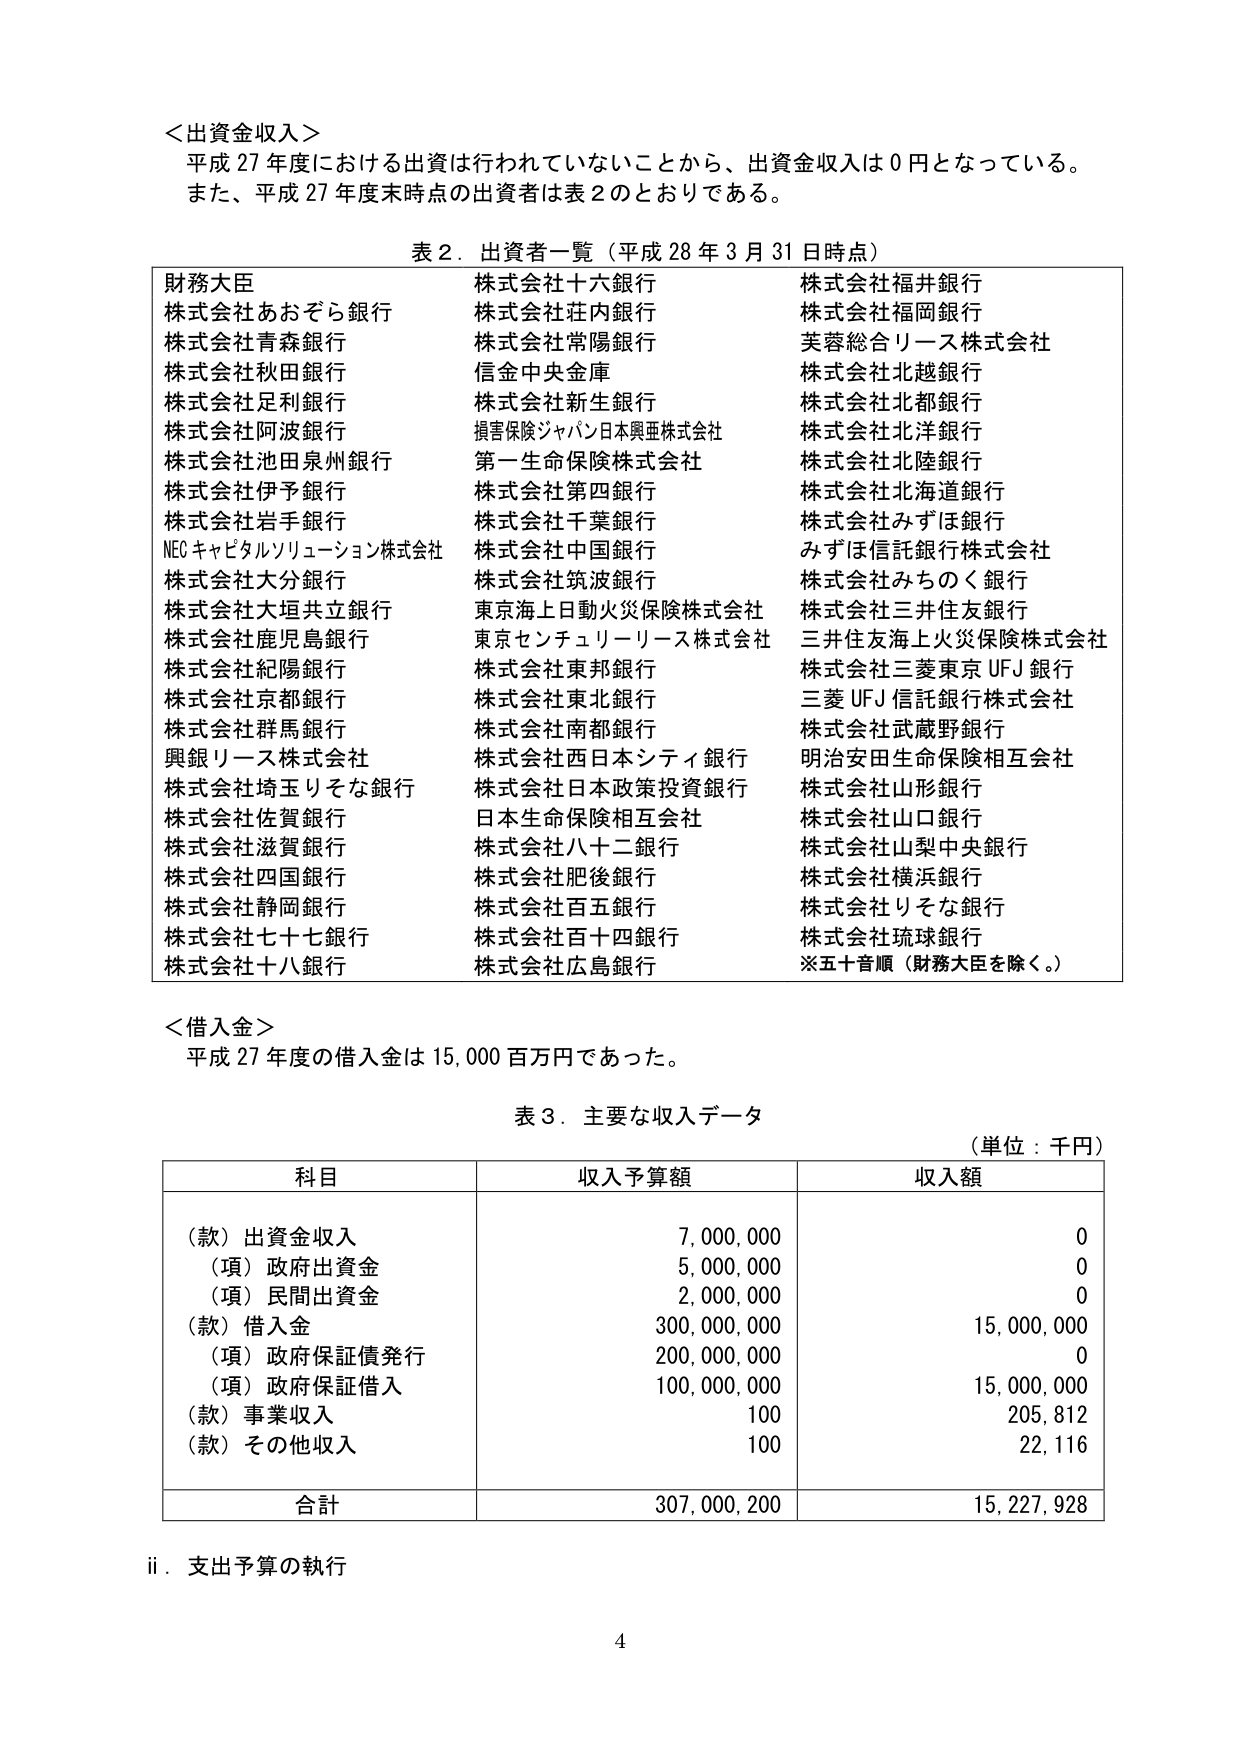
＜出資金収入＞
平成27年度における出資は行われていないことから、出資金収入は0円となっている。
また、平成27年度末時点の出資者は表2のとおりである。

表2．出資者一覧（平成28年3月31日時点）
財務大臣
株式会社あおぞら銀行
株式会社青森銀行
株式会社秋田銀行
株式会社足利銀行
株式会社阿波銀行
株式会社池田泉州銀行
株式会社伊予銀行
株式会社岩手銀行
NECキャピタルソリューション株式会社
株式会社大分銀行
株式会社大垣共立銀行
株式会社鹿児島銀行
株式会社紀陽銀行
株式会社京都銀行
株式会社群馬銀行
興銀リース株式会社
株式会社埼玉りそな銀行
株式会社佐賀銀行
株式会社滋賀銀行
株式会社四国銀行
株式会社静岡銀行
株式会社七十七銀行
株式会社十八銀行

株式会社十六銀行
株式会社庄内銀行
株式会社常陽銀行
信金中央金庫
株式会社新生銀行
損害保険ジャパン日本興亜株式会社
第一生命保険株式会社
株式会社第四銀行
株式会社千葉銀行
株式会社中国銀行
株式会社筑波銀行
東京海上日動火災保険株式会社
東京センチュリーリース株式会社
株式会社東邦銀行
株式会社東北銀行
株式会社南都銀行
株式会社西日本シティ銀行
株式会社日本政策投資銀行
日本生命保険相互会社
株式会社八十二銀行
株式会社肥後銀行
株式会社百五銀行
株式会社百十四銀行
株式会社広島銀行

株式会社福井銀行
株式会社福岡銀行
芙蓉総合リース株式会社
株式会社北越銀行
株式会社北都銀行
株式会社北洋銀行
株式会社北陸銀行
株式会社北海道銀行
株式会社みずほ銀行
みずほ信託銀行株式会社
株式会社みちのく銀行
株式会社三井住友銀行
三井住友海上火災保険株式会社
株式会社三菱東京UFJ銀行
三菱UFJ信託銀行株式会社
株式会社武蔵野銀行
明治安田生命保険相互会社
株式会社山形銀行
株式会社山口銀行
株式会社山梨中央銀行
株式会社横浜銀行
株式会社りそな銀行
株式会社琉球銀行
※五十音順（財務大臣を除く。）

＜借入金＞
平成27年度の借入金は15,000百万円であった。

表3．主要な収入データ
（単位：千円）

科目　　　　　　　　　収入予算額　　　収入額
（款）出資金収入　　　　7,000,000　　　　0
（項）政府出資金　　　　5,000,000　　　　0
（項）民間出資金　　　　2,000,000　　　　0
（款）借入金　　　　　300,000,000　　15,000,000
（項）政府保証債発行　200,000,000　　　　0
（項）政府保証借入　　100,000,000　　15,000,000
（款）事業収入　　　　　　100　　　　　205,812
（款）その他収入　　　　　100　　　　　22,116

合計　　　　　　　　307,000,200　　15,227,928

ii．支出予算の執行

4